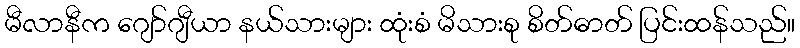
မီလာနီက ဂျော်ဂျီယာ နယ်သားများ ထုံးစံ မိသားစု စိတ်ဓာတ် ပြင်းထန်သည်။